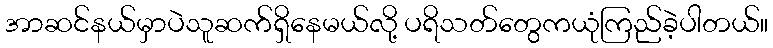
အာဆင်နယ်မှာပဲသူဆက်ရှိနေမယ်လို့ ပရိသတ်တွေကယုံကြည်ခဲ့ပါတယ်။